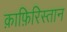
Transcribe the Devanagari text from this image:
क़ाफ़िरिस्तान